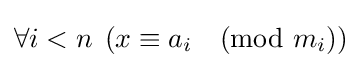
\forall i<n\;\left(x\equiv a_{i}{\pmod {m_{i}}}\right)